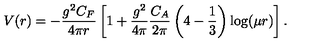
V ( r ) = - \frac { g ^ { 2 } C _ { F } } { 4 \pi r } \left[ 1 + \frac { g ^ { 2 } } { 4 \pi } \frac { C _ { A } } { 2 \pi } \left( 4 - \frac 1 3 \right) \log ( \mu r ) \right] .